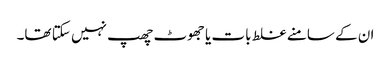
ان کے سامنے غلط بات یا جھوٹ چھپ نہیں سکتا تھا۔